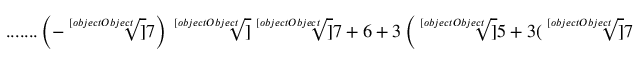
{ \mathrm { . . . . . . . } } \left( - { \sqrt [ [object Object] ] { 7 } } \right) { \sqrt [ [object Object] ] { { \sqrt [ [object Object] ] { 7 } } + 6 + 3 \left( { \sqrt [ [object Object] ] { 5 + 3 ( { \sqrt [ [object Object] ] { 7 } } - { \sqrt [ [object Object] ] { 4 9 } } ) } } + { \sqrt [ [object Object] ] { - 3 + 3 ( { \sqrt [ [object Object] ] { 7 } } - { \sqrt [ [object Object] ] { 4 9 } } ) } } \right) } }